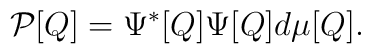
{\cal P}[Q]=\Psi^*[Q]\Psi[Q]d\mu[Q].